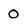
Character: 0